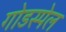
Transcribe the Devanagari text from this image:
गोडस्पेल